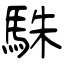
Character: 駯